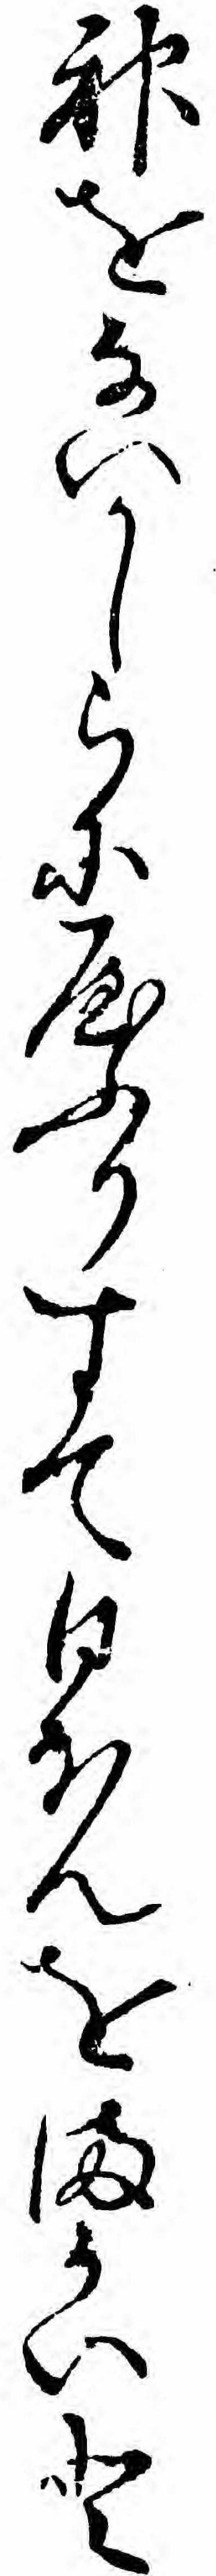
神をないかしらにやふりすて日ほんをまかいと